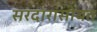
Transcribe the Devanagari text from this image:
सरदारांसोबत